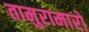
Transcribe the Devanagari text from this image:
तामुरामारो